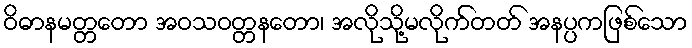
ဝိဓာနမတ္တတော အဝသဝတ္တနတော၊ အလိုသို့မလိုက်တတ် အနပ္ပကဖြစ်သော